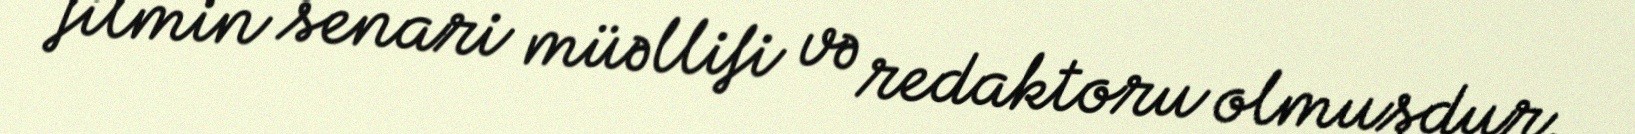
filmin senari müəllifi və redaktoru olmuşdur.